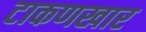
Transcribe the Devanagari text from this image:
टाकणखार